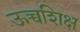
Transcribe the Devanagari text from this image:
ऊच्चशिक्ष